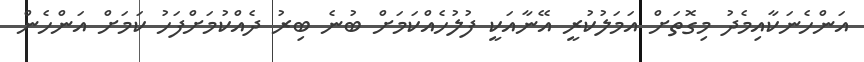
އަންހެނަކާއިމެދު މިގޮތަށް އަމަލުކުރީ އޭނާއަކީ ފުލުހެއްކަމަށް ބުނެ ބިރު ދެއްކުމަށްފަހު ކަމަށް އަންހެން